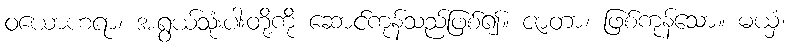
ဝယောဟရာ၊ အရွယ်သုံးပါးတို့ကို ဆောင်ကုန်သည်ဖြစ်၍။ ဇာတာ၊ ဖြစ်ကုန်သော။ မယှံ၊